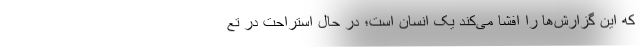
که این گزارش‌ها را افشا می‌کند یک انسان است؛ در حال استراحت در تع